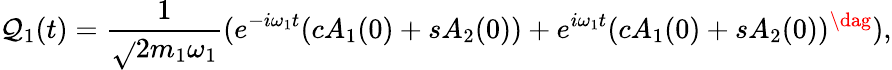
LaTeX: \mathcal{Q}_{1}(t)=\frac{{1}}{{\sqrt{}{{2m_{1}\omega_{1}}}}}(e^{-i\omega_{1}t}(cA_{1}(0)+sA_{2}(0))+e^{i\omega_{1}t}(cA_{1}(0)+sA_{2}(0))^{\dag}),